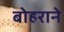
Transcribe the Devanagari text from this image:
बोहराने